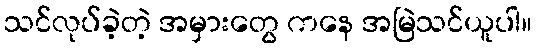
သင်လုပ်ခဲ့တဲ့ အမှားတွေ ကနေ အမြဲသင်ယူပါ။